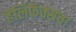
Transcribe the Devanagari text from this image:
हॅलिफॅक्सचा